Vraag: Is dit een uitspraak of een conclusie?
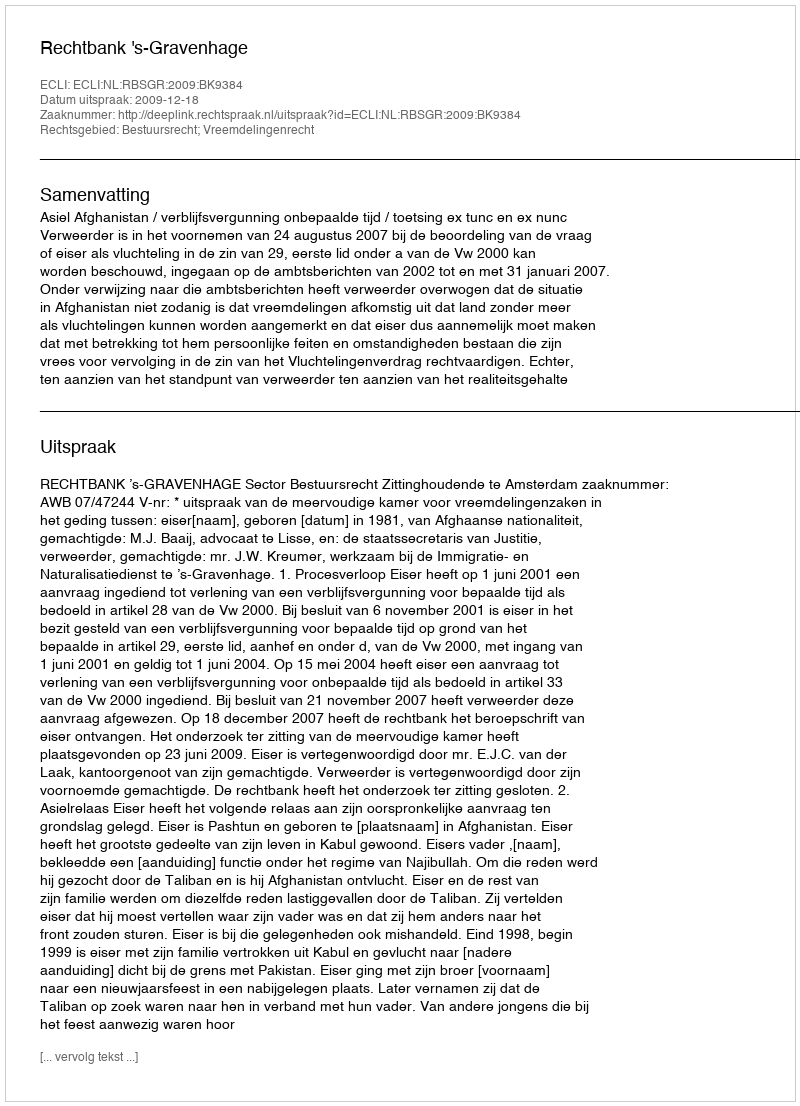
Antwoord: Uitspraak